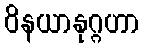
ဝိနယာနုဂ္ဂဟာ